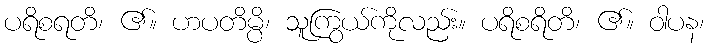
ပရိစရတိ၊ ၏။ ဟပတိမ္ပိ၊ သူကြွယ်ကိုလည်း။ ပရိစရိတိ၊ ၏။ ဝါပန၊